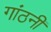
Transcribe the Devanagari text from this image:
गांठनी